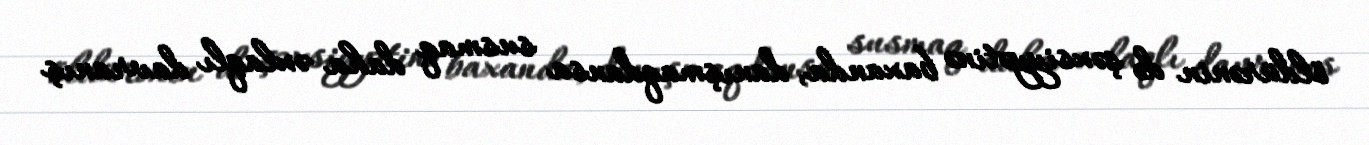
öldürənin də şəxsiyyətinə baxanda, danışmaqdansa susmaq daha əxlaqlı davranış